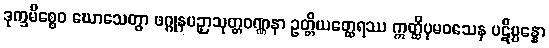
ဒုက္ခမိစ္စေဝ ဃောသေတွာ ဖဂ္ဂုနပဉှာသုတ္တဝဏ္ဏနာ ဥတ္တိယတ္ထေရဿ ဣတ္ထိပုမဝသေန ပဋိပ္ပန္နော